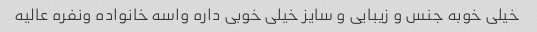
خیلی خوبه جنس و زیبایی و سایز خیلی خوبی داره واسه خانواده ونفره عالیه